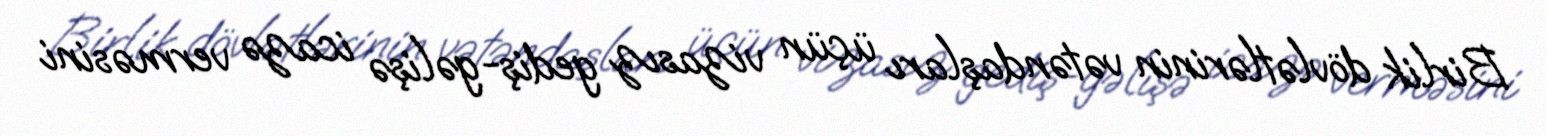
Birlik dövlətlərinin vətəndaşları üçün vizasız gediş-gəlişə icazə verməsini